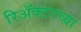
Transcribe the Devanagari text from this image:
रिॲक्टरच्या